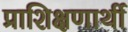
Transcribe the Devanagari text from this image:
प्राशिक्षणार्थी